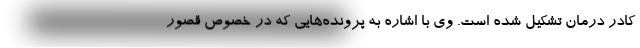
کادر درمان تشکیل شده است. وی با اشاره به پرونده‌هایی که در خصوص قصور